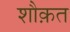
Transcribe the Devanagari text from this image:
शौक़त